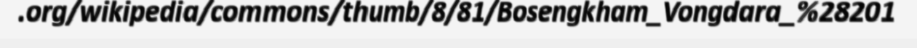
.org/wikipedia/commons/thumb/8/81/Bosengkham_Vongdara_%28201